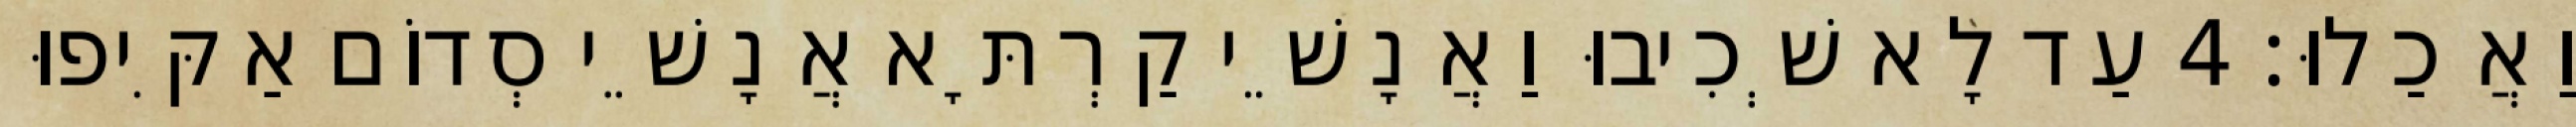
וַאֲכַלוּ׃ 4 עַד לָא שְׁכִיבוּ וַאֲנָשֵׁי קַרְתָּא אֲנָשֵׁי סְדוֹם אַקִּיפוּ